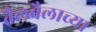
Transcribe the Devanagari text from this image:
तैलबैलाच्या